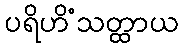
ပရိဟိံသတ္ထာယ